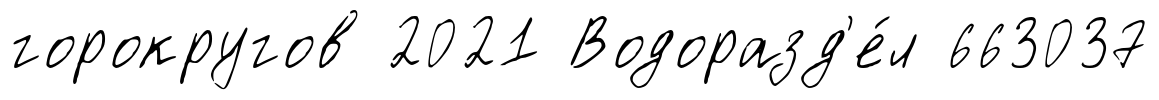
горокругов 2021 Водоразд'е́л 663037